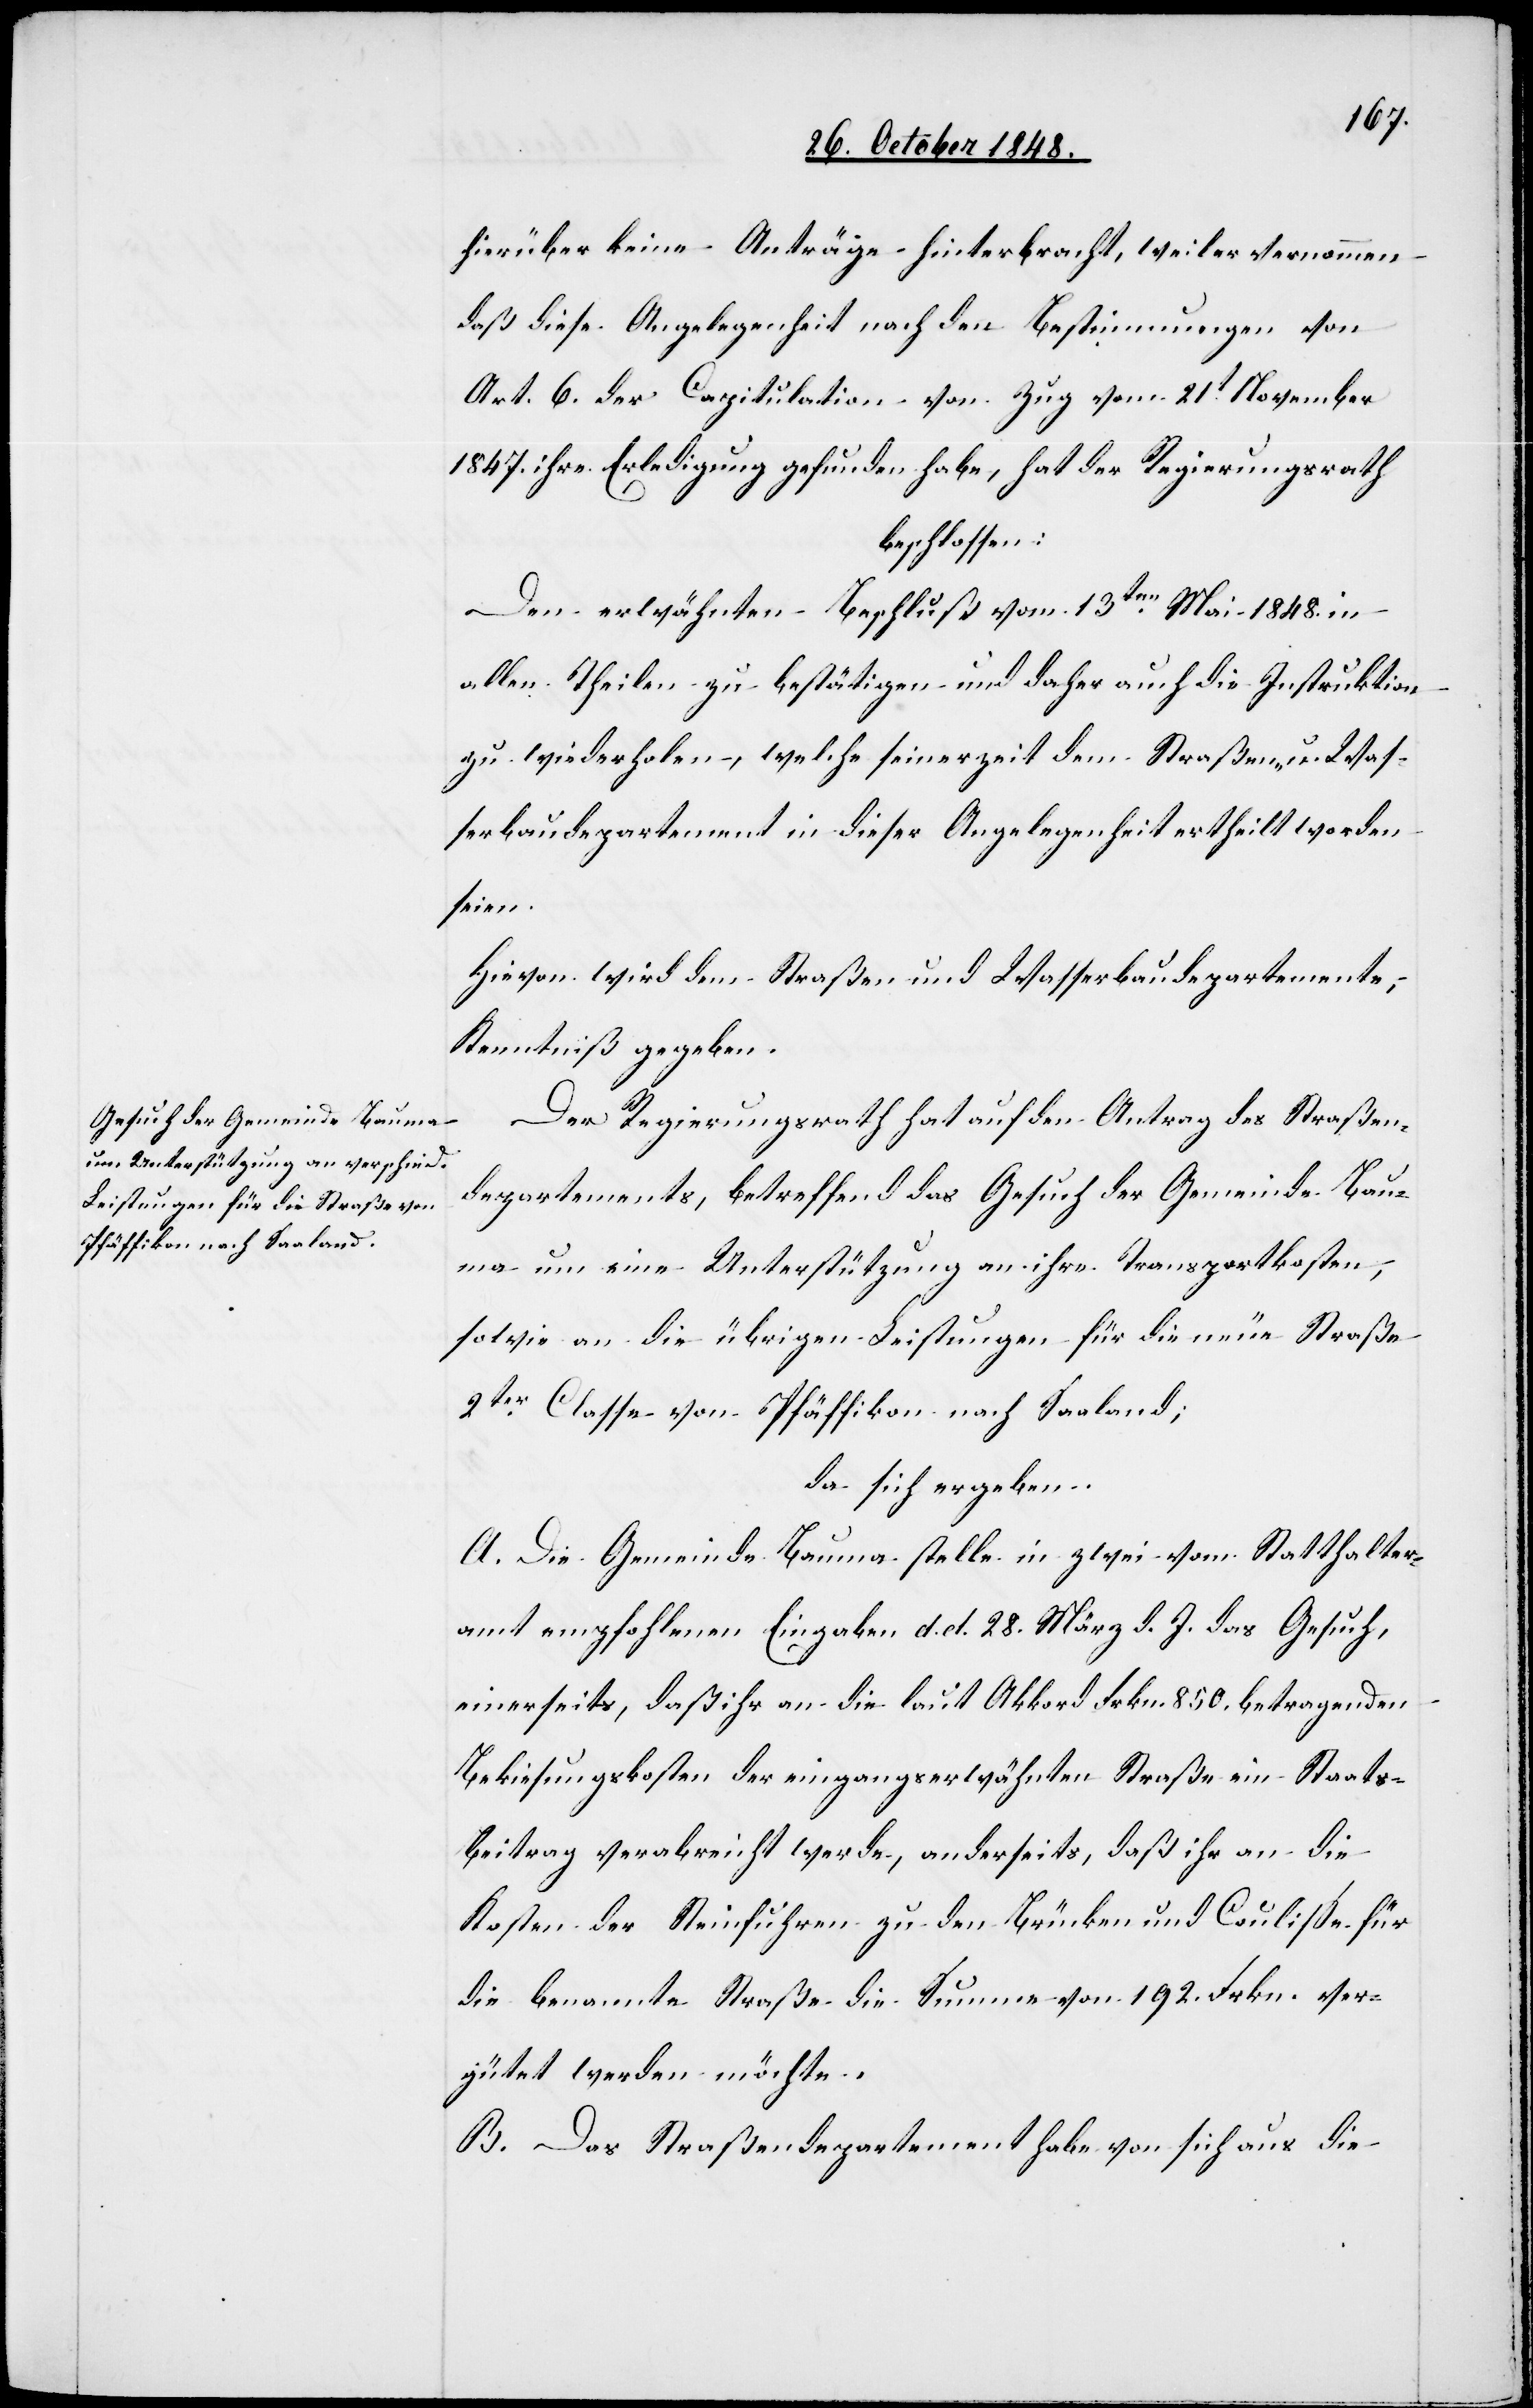
hierüber keine Anträge hinterbracht, weil er vernommen
daß diese Angelegenheit nach den Bestimmungen von
Art. 6. der Capitulation von Zug vom 21t November
1847. ihre Erledigung gefunden habe, hat der Regierungsrath
beschlossen:
Den erwähnten Beschluß vom 13ten Mai 1848. in
allen Theilen zu bestätigen und daher auch die Instruktion
zu wiederholen, welche seinerzeit dem Straßen- u. Was¬
serbaudepartement in dieser Angelegenheit ertheilt worden
seien.
Hievon wird dem Straßen und Wasserbaudepartemente,
Kenntniß gegeben.
Der Regierungsrath hat auf den Antrag des Straßen¬
departements, betreffend das Gesuch der Gemeinde Bau¬
ma um eine Unterstützung an ihre Transportkosten,
sowie an die übrigen Leistungen für die neue Straße
2ter Classe von Pfäffikon nach Saaland;
da sich ergeben:
A. Die Gemeinde Bauma stelle in zwei vom Statthalter¬
amt empfohlenen Eingaben d. d. 28. März d. J. das Gesuch,
einerseits, daß ihr an die laut Akkord Frkn. 850. betragenden
Bekiesungskosten der eingangserwähnten Straße ein Staats¬
beitrag verabreicht werde, anderseits, daß ihr an die
Kosten der Steinfuhren zu den Brücken und Couliße für
die benannte Straße die Summe von 192. Frkn. ver¬
gütet werden möchte.
B. Das Straßendepartement habe von sich aus die